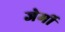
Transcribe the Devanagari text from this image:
जेर्मी